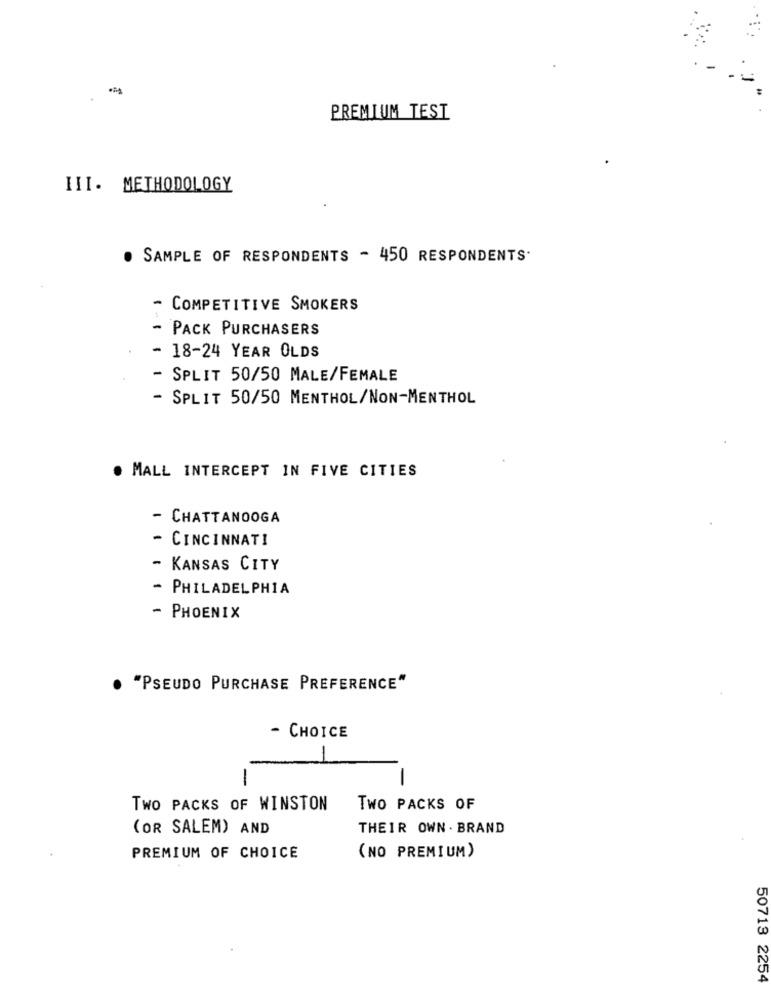
-
PREMIUM TEST
III. METHODOLOGY
SAMPLE OF RESPONDENTS - 450 RESPONDENTS.
- COMPETITIVE SMOKERS
- PACK PURCHASERS
- 18-24 YEAR OLDS
- SPLIT 50/50 MALE/FEMALE
- SPLIT 50/50 MENTHOL/NON-MENTHOL
. MALL INTERCEPT IN FIVE CITIES
- CHATTANOOGA
- CINCINNATI
- KANSAS CITY
- PHILADELPHIA
- PHOENIX
"PSEUDO PURCHASE PREFERENCE"
- CHOICE
1
TWO PACKS OF WINSTON
TWO PACKS OF
(OR SALEM) AND
THEIR OWN . BRAND
PREMIUM OF CHOICE
(NO PREMIUM)
50713 2254